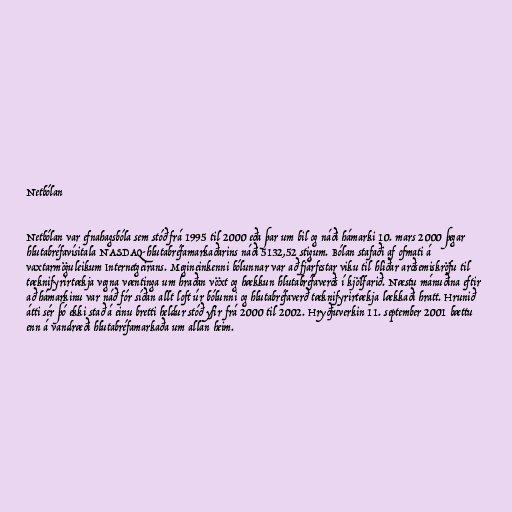
Netbólan

Netbólan var efnahagsbóla sem stóð frá 1995 til 2000 eða þar um bil og náði hámarki 10. mars 2000 þegar
hlutabréfavísitala NASDAQ-hlutabréfamarkaðarins náði 5132,52 stigum. Bólan stafaði af ofmati á
vaxtarmöguleikum Internetgeirans. Megineinkenni bólunnar var að fjárfestar viku til hliðar arðsemiskröfu til
tæknifyrirtækja vegna væntinga um hraðan vöxt og hækkun hlutabréfaverðs í kjölfarið. Næstu mánuðina eftir
að hámarkinu var náð fór síðan allt loft úr bólunni og hlutabréfaverð tæknifyrirtækja lækkaði hratt. Hrunið
átti sér þó ekki stað á einu bretti heldur stóð yfir frá 2000 til 2002. Hryðjuverkin 11. september 2001 bættu
enn á vandræði hlutabréfamarkaða um allan heim.